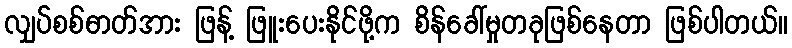
လျှပ်စစ်ဓာတ်အား ဖြန့် ဖြူးပေးနိုင်ဖို့က စိန်ခေါ်မှုတခုဖြစ်နေတာ ဖြစ်ပါတယ်။